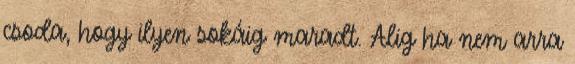
csoda, hogy ilyen sokáig maradt. Alig ha nem arra